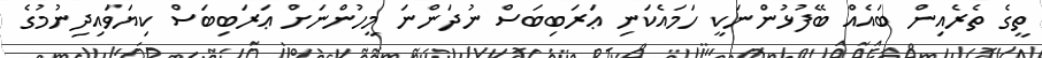
ތީގެ ތެރެއިން ބައެއް ބޭފުޅުންނަކީ ހަމައެކަނި ޢަރަބިބަސް ނުދަންނަ މީހުންނަށް ޢަރަބިބަސް ކިޔަވައިދިނުމުގެ